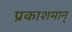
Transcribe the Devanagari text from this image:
प्रकाशमान्